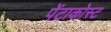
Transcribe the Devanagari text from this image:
पेंटाकोस्ट